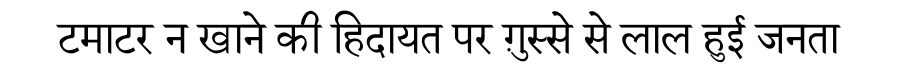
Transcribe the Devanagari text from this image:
टमाटर न खाने की हिदायत पर ग़ुस्से से लाल हुई जनता